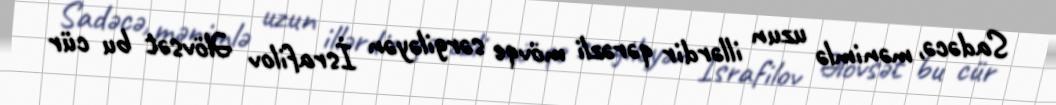
Sadəcə, mənimlə uzun illərdir qərəzli mövqe sərgiləyən İsrafilov Əlövsət bu cür